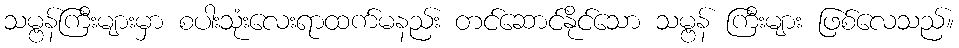
သမ္ဗန်ကြီးများမှာ စပါးသုံးလေးရာထက်မနည်း တင်ဆောင်နိုင်သော သမ္ဗန် ကြီးများ ဖြစ်လေသည်။